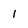
Character: 1